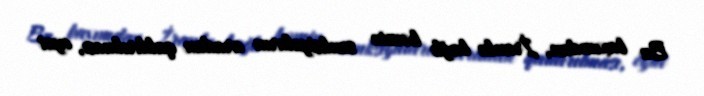
Bu baxımdan, İranla bağlı həmin sanksiyaların aradan qaldırılması, eyni